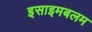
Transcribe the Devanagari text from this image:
इसाइमबलम